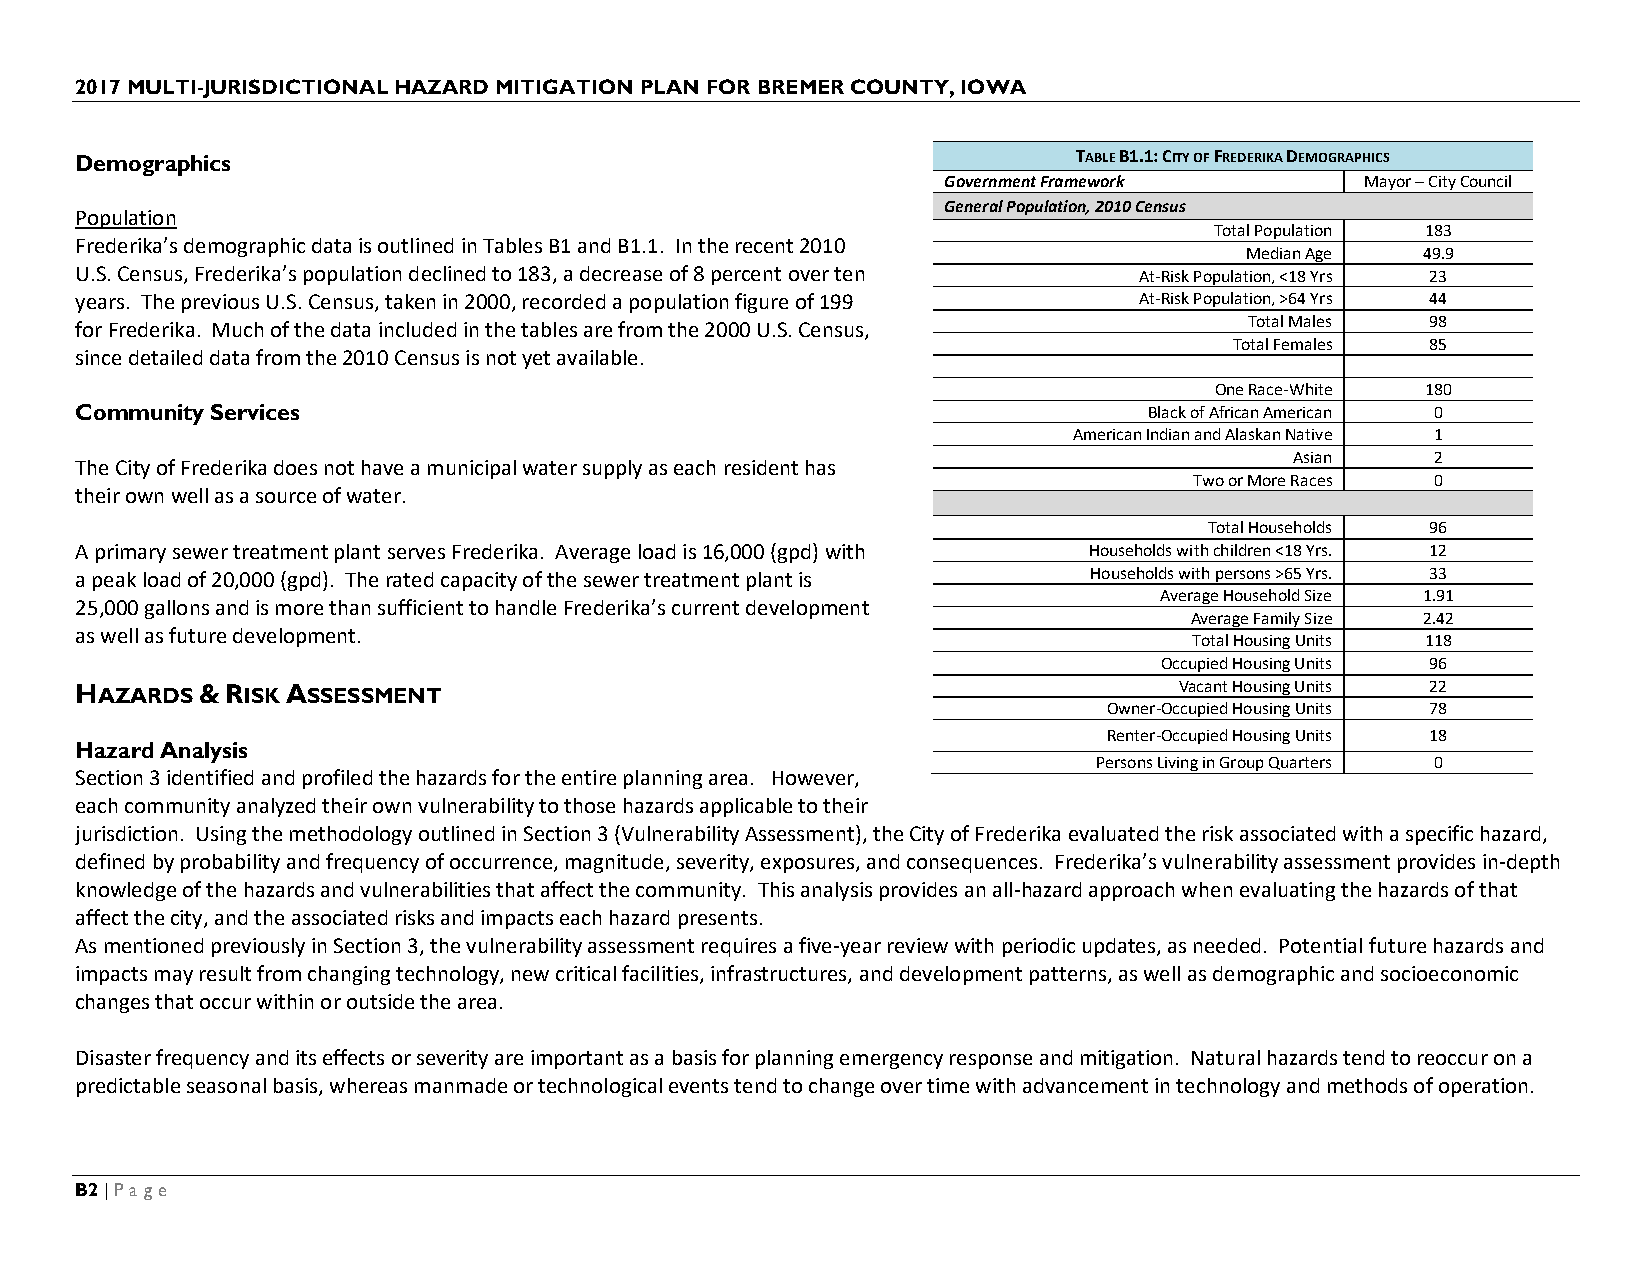
2017 MULTI-JURISDICTIONAL HAZARD MITIGATION PLAN FOR BREMER COUNTY, IOWA
 Demographics                                                      TABLE B1.1: CITY OF FREDERIKA DEMOGRAPHICS
 Government Framework        Mayor – City Council
 General Population, 2010 Census
 Population
 Total Population 183
 Frederika’s demographic data is outlined in Tables B1 and B1.1. In the recent 2010
 Median Age  49.9
 U.S. Census, Frederika’s population declined to 183, a decrease of 8 percent over ten At-Risk Population, <18 Yrs 23
 years. The previous U.S. Census, taken in 2000, recorded a population figure of 199 At-Risk Population, >64 Yrs 44
 for Frederika. Much of the data included in the tables are from the 2000 U.S. Census, Total Males 98
 Total Females 85
 since detailed data from the 2010 Census is not yet available.
 One Race-White 180
 Community Services                                                     Black of African American 0
 American Indian and Alaskan Native 1
 Asian    2
 The City of Frederika does not have a municipal water supply as each resident has
 Two or More Races 0
 their own well as a source of water.
 Total Households 96
 A primary sewer treatment plant serves Frederika. Average load is 16,000 (gpd) with Households with children <18 Yrs. 12
 a peak load of 20,000 (gpd). The rated capacity of the sewer treatment plant is Households with persons >65 Yrs. 33
 Average Household Size 1.91
 25,000 gallons and is more than sufficient to handle Frederika’s current development
 Average Family Size 2.42
 as well as future development.
 Total Housing Units 118
 Occupied Housing Units 96
 HAZARDS & RISK ASSESSMENT                                                Vacant Housing Units 22
 Owner-Occupied Housing Units 78
 Renter-Occupied Housing Units 18
 Hazard Analysis
 Persons Living in Group Quarters 0
 Section 3 identified and profiled the hazards for the entire planning area. However,
 each community analyzed their own vulnerability to those hazards applicable to their
 jurisdiction. Using the methodology outlined in Section 3 (Vulnerability Assessment), the City of Frederika evaluated the risk associated with a specific hazard,
 defined by probability and frequency of occurrence, magnitude, severity, exposures, and consequences. Frederika’s vulnerability assessment provides in-depth
 knowledge of the hazards and vulnerabilities that affect the community. This analysis provides an all-hazard approach when evaluating the hazards of that
 affect the city, and the associated risks and impacts each hazard presents.
 As mentioned previously in Section 3, the vulnerability assessment requires a five-year review with periodic updates, as needed. Potential future hazards and
 impacts may result from changing technology, new critical facilities, infrastructures, and development patterns, as well as demographic and socioeconomic
 changes that occur within or outside the area.
 Disaster frequency and its effects or severity are important as a basis for planning emergency response and mitigation. Natural hazards tend to reoccur on a
 predictable seasonal basis, whereas manmade or technological events tend to change over time with advancement in technology and methods of operation.
 B2 | Page